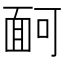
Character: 𩈔